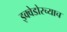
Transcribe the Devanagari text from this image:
इक्वेडोरच्याच